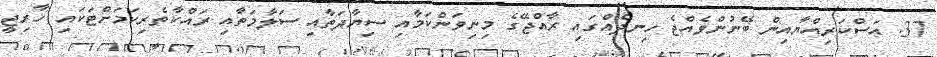
37. އަސްކަރިއްޔާއިން ބޭނުންވެއްޖެ ހިނދެއްގައި ރާއްޖޭގެ މިނިވަންކަމާއި ސިޔާދަތާއި ސަލާމަތާއި ރައްކާތެރިކަމަށްޓަކައި ޚާރިޖީ